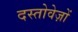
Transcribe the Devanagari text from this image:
दस्‍तोवेज़ों